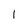
Character: 1